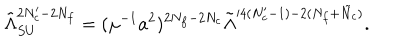
LaTeX: \tilde { \Lambda } _ { S U } ^ { 2 N _ { c } ^ { \prime } - 2 N _ { f } } = ( \mu ^ { - 1 } a ^ { 2 } ) ^ { 2 N _ { f } - 2 N _ { c } } \tilde { \Lambda } ^ { \prime 4 ( N _ { c } ^ { \prime } - 1 ) - 2 ( N _ { f } + \tilde { N } _ { c } ) } .